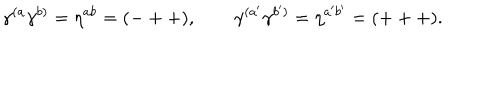
\gamma ^ { ( a } \gamma ^ { b ) } = \eta ^ { a b } = ( - + + ) , \qquad \gamma ^ { ( a ^ { \prime } } \gamma ^ { b ^ { \prime } ) } = \eta ^ { a ^ { \prime } b ^ { \prime } } = ( + + + ) .